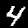
Digit: 4